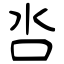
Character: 呇